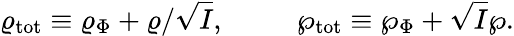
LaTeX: \varrho_{\mathrm{tot}}\equiv\varrho_{\Phi}+\varrho/\sqrt{I},\ \ \ \ \ \ \ \ \ \ \wp_{\mathrm{tot}}\equiv\wp_{\Phi}+\sqrt{I}\wp.